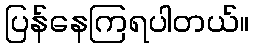
ပြန်နေကြရပါတယ်။